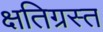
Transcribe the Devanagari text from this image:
क्षतिग्रस्‍त